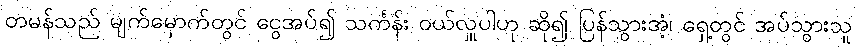
တမန်သည် မျက်မှောက်တွင် ငွေအပ်၍ သင်္ကန်း ဝယ်လှူပါဟု ဆို၍ ပြန်သွားအံ့၊ ရှေ့တွင် အပ်သွားသူ